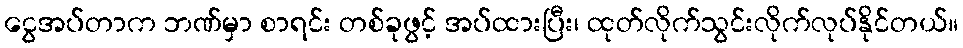
ငွေအပ်တာက ဘဏ်မှာ စာရင်း တစ်ခုဖွင့် အပ်ထားပြီး၊ ထုတ်လိုက်သွင်းလိုက်လုပ်နိုင်တယ်။